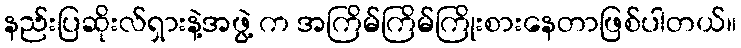
နည်းပြဆိုးလ်ရှားနဲ့အဖွဲ့ က အကြိမ်ကြိမ်ကြိုးစားနေတာဖြစ်ပါတယ်။